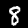
Digit: 8